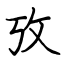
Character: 攷